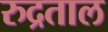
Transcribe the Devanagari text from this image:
रुद्रताल